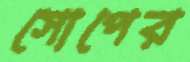
সোপের